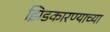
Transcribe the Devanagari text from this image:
झिडकारण्याच्या